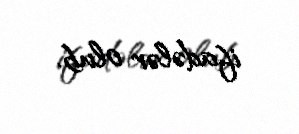
ifadələr olub.